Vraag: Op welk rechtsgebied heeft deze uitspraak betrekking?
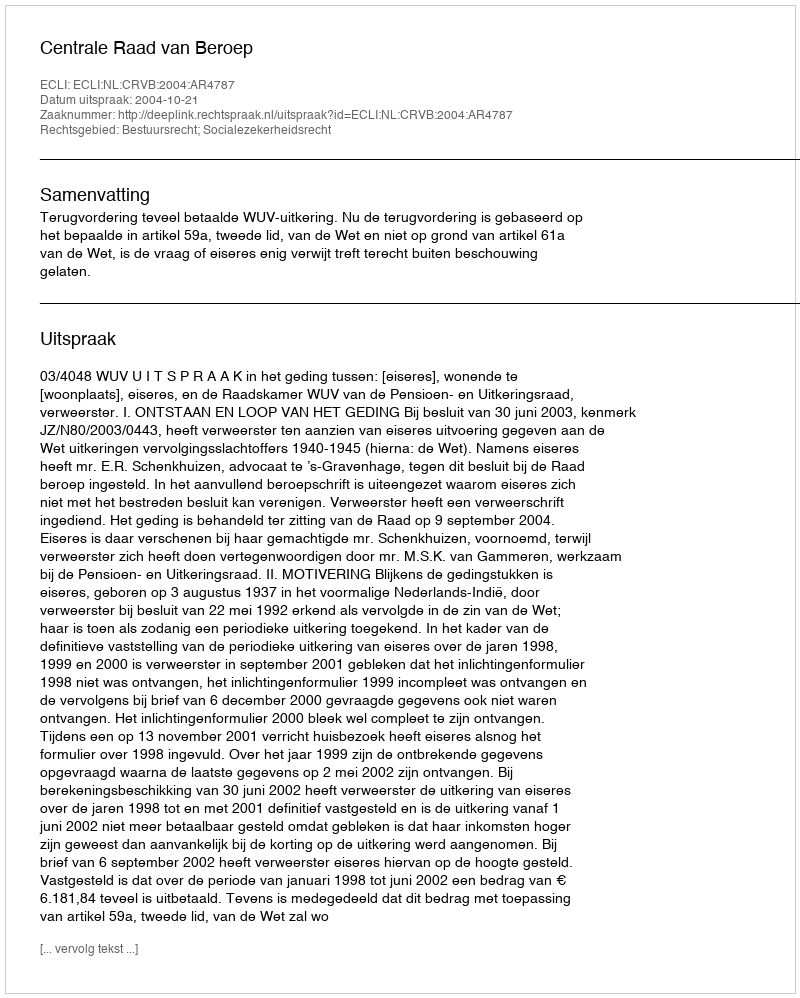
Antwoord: Bestuursrecht; Socialezekerheidsrecht